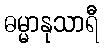
ဓမ္မာနုသာရီ